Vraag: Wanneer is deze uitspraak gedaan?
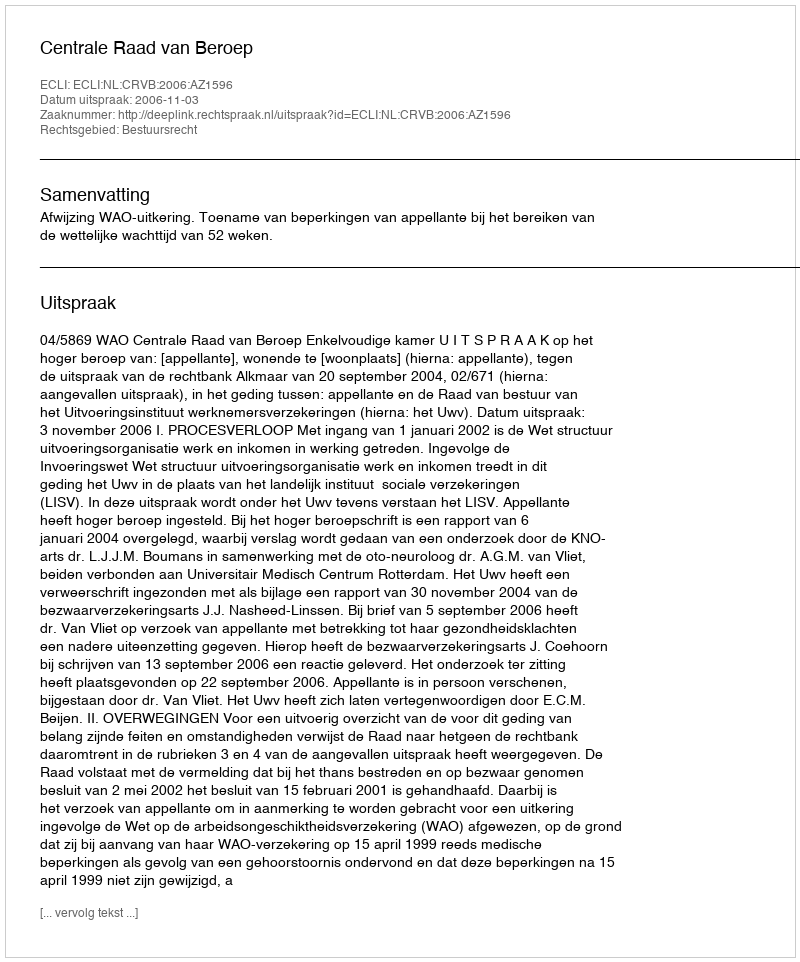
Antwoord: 2006-11-03